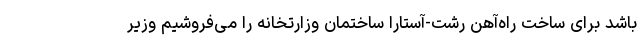
باشد برای ساخت راه‌آهن رشت-آستارا ساختمان وزارتخانه را می‌فروشیم وزیر